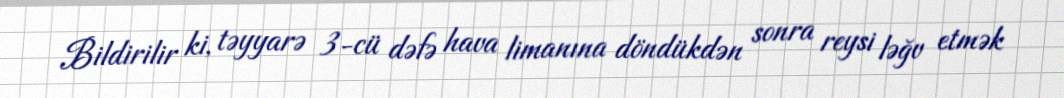
Bildirilir ki, təyyarə 3-cü dəfə hava limanına döndükdən sonra reysi ləğv etmək